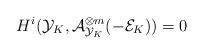
LaTeX: \begin{align*}H^i(\mathcal{Y}_K, \mathcal{A}_{\mathcal{Y}_K}^{\otimes m }(-\mathcal{E}_K))=0\end{align*}